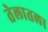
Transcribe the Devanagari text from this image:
तेलातला